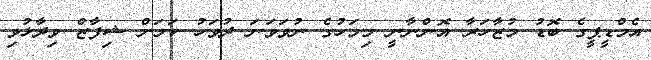
އެމްޑީޕީގެ ބޮޑު މުޒާހަރާ އޮންނާނީ މިމަހުގެ ނުވަވަނަ ދުވަހު ކަމަށް ޝިފާޒް ވިދާޅުވި